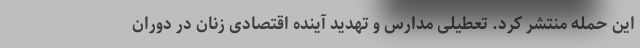
این حمله منتشر کرد. تعطیلی مدارس و تهدید آینده اقتصادی زنان در دوران